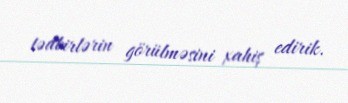
tədbirlərin görülməsini xahiş edirik.